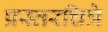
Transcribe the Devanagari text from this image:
प्रस्तरचित्रे